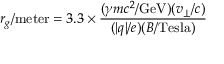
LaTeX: r _ { g } / \mathrm { m e t e r } = 3 . 3 \times { \frac { ( \gamma m c ^ { 2 } / \mathrm { G e V } ) ( v _ { \perp } / c ) } { ( | q | / e ) ( B / \mathrm { T e s l a } ) } }